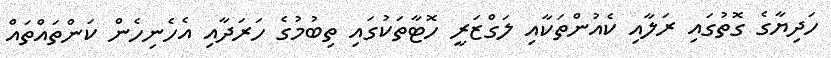
ހަދިޔާގެ ގޮތުގައި ރަލާއި ކެއުންތަކާއި ލަގްޒަރީ ހޮޓާތަކުގައި ތިބުމުގެ ހަރަދާއި އެހެނިހެން ކަންތައްތައް